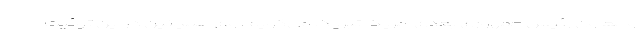
و معاون رئیس جمهوری بعدی آمریکا تبریک می‌گویم. وی همچنین در این توئیت